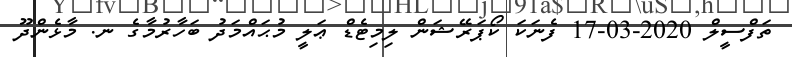
ތަފްސީލް 2020-03-17 ފެނަކަ ކޯޕަރޭޝަން ލިމިޓެޑް ޢަލީ މުޙައްމަދު ބަހާރުމާގެ ނ. މާޅެންދޫ